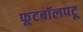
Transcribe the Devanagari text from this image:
फूटबॉलपटू